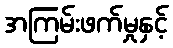
အကြမ်းဖက်မှုနှင့်